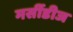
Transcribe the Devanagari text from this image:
मर्सीडीज